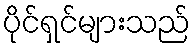
ပိုင်ရှင်များသည်